Annual report on the working of the mental hospitals in the Madras Presidency - 1912-1932
Year: 1912
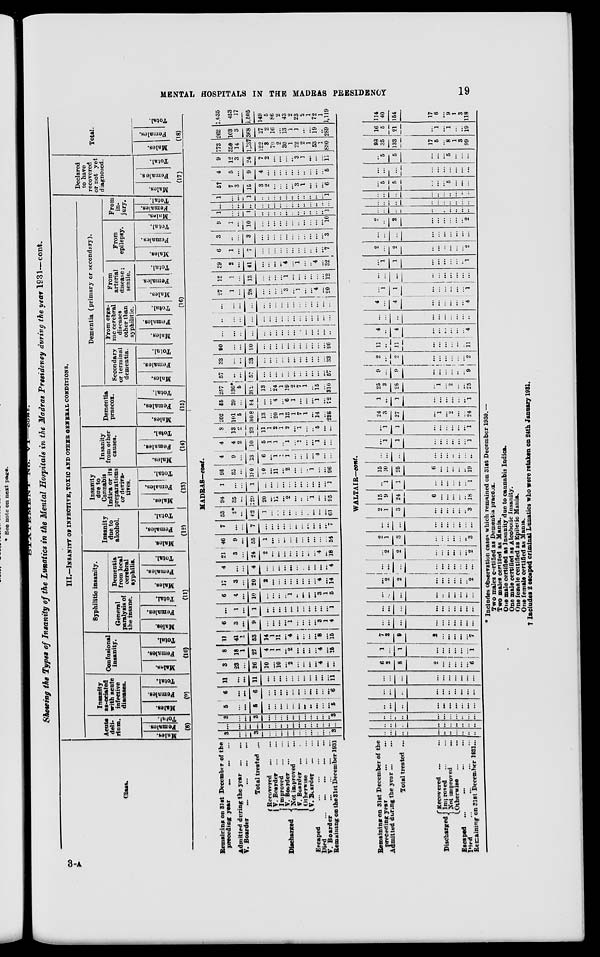
STATEMENT
No.
VI.—cont.
MENTAL
HOSPITALS
IN
THE
MADRAS
PRESIDENCY
19
Showing the Types of Insanity of the Lunatics in the Mental Hospitals in the Madras Presidency during the year 1931—cont.
Class.
III.—INASANITY OF INFECTION, TOXIC AND OTHER GENERAL CONDITIONS.
Acute
deli-
rium.
Males.
Females.
Total.
(8)
Insanity
associated
with acute
infective
diseases.
Males.
Females.
Total.
(9)
Confusional
insanity.
Males.
Females.
Total.
(10)
Syphilitic insanity.
General
paralysis of
the insane.
Males.
Females.
Total.
Dementia
from local
cerebral
syphilis.
Males.
Females.
Total.
(11)
Insanity
due to
alcohol.
Males.
Females.
Total.
(12)
Insanity
due to
Cannabis
Indira or its
preparations
or deriva-
tives.
Males.
Females.
Total.
(13)
Insanity
from other
causes.
Males.
Females.
Total.
(14)
Dementia
praecox.
Males.
Females.
Total.
(15)
Dementia (primary or secondary).
Secondary
or terminal
dementia.
Males.
Females.
Total.
From orga-
nic cerebral
diseases
other than
syphilitic.
Males.
Females.
Total.
From
arterial
disease;
senile.
Males.
Females.
Total.
From
epilepsy.
Males.
Females.
Total.
From
in-
jury.
Males.
Females.
Total.
(16)
Declared
to have
recovered
or not yet
diagnosed.
Males.
Females .
Total.
(17)
Total.
Males.
Females.
Total.
(18)
MADRAS—cont.
Remaining on 31st December of the
preceding
year
...
...
...
Admitted duringing the year ... ...
V. Boarder
...
...
...
...
Total treated ...
Discharged
Recovered
...
...
V. Boarder
...
...
Improved
...
...
V. Boarder
...
...
Not improved ... ...
V. Boarder ... ...
Otherwise
...
...
V. Boarder ... ...
Escaped
...
...
...
...
Died
...
...
...
...
...
V. Boarder
...
...
...
...
Remaining on the 31st December 1931
3
...
...
3
...
...
...
...
...
...
...
...
...
...
..
3
...
...
...
...
...
...
...
...
...
...
...
...
...
...
...
...
3
...
...
3
...
...
...
...
...
...
...
...
..
...
..
3
5
...
...
6
...
...
...
...
...
...
...
...
...
...
...
5
6
...
...
6
...
...
...
...
...
...
...
...
...
...
...
6
11
....
...
11
...
...
...
...
...
...
...
...
...
...
...
11
3
23
...
26
10
...
10
...
2
...
...
...
...
4
...
...
8
18
1
27
4
1
1
...
2
...
...
...
...
4
...
15
11
41
1
53
14
1
11
. ..
4
...
...
...
...
8
...
15
6
3
...
9
. ..
...
...
...
1
...
...
...
...
3
1
4
...
1
...
1
...
...
...
...
...
...
...
...
...
...
...
1
6
4
...
10
...
...
...
..
.
1
...
...
...
...
3
1
5
17
3
...
20
2
...
...
...
...
...
...
...
...
4
...
14
4
...
...
4
...
...
...
...
...
...
...
...
...
...
...
4
21
3
...
24
2
...
...
...
...
...
...
...
...
4
...
18
46
9
...
55
1
...
...
...
...
...
...
...
...
...
...
54
7
...
...
7
...
...
...
...
...
...
...
. ..
...
...
...
7
53
9*
...
62
1
...
...
...
...
...
...
...
...
...
...
61
94
35
...
129
20
...
11
. ..
2
...
...
...
1
...
...
95
1
...
...
1
...
...
...
...
...
...
...
...
...
...
...
1
96
35
...
130
20
...
11
...
2
...
...
...
1
...
...
96
4
9
...
13
6
...
1
1
1
...
...
...
...
4
...
...
4
4
2
10
5
1
1
...
1
...
...
...
...
1
...
...
8
13
2
23
11
1
2
1
2
...
1
...
..
5
...
...
202
101
5
308
13
...
20
1
13
1
7
1
...
14
...
238
55
29
...
64
...
...
4
...
6
1
...
...
...
1
...
72
257
130*
5
399
13
...
24
1
19
2
7
1
...
15
...
310
57
...
...
57
...
...
...
...
...
...
...
...
...
...
...
57
33
...
...
33
...
...
...
...
...
...
...
...
...
...
...
33
90
...
...
90
...
...
...
...
...
...
...
...
...
...
...
90
...
...
...
...
...
...
...
...
...
...
...
...
...
...
...
...
...
...
...
...
...
...
...
...
...
...
...
...
...
...
...
...
...
...
...
...
...
...
...
...
...
...
...
...
...
...
...
...
27
1
...
28
...
...
...
...
3
...
1
...
...
4
...
20
12
1
...
13
...
...
...
...
1
...
...
...
...
...
...
12
£9
2
...
41
...
...
...
...
4
...
1
...
..
4
...
32
6
1
...
7
...
...
...
...
...
...
...
..
...
...
7
3
...
...
3
...
...
...
...
...
...
...
...
...
...
...
3
9
1
...
10
...
...
...
...
...
...
..
...
...
...
10
1
...
...
1
...
...
..
..
...
...
..
..
..
..
,.
1
...
...
...
...
...
...
...
...
...
...
...
..
...
..
...
...
1
...
...
1
...
...
...
...
...
...
...
..
..
..
...
1
5t
7
3
15
3
2
...
...
...
...
3
1
...
...
. ..
6
4
5
...
9
4
...
...
...
...
...
...
...
...
...
...
5
9
12
3
24
7
2
...
...
...
...
3
1
...
. ..
11
773
350
14
1,137
122
3
70
2
30
1
22
2
1
53
1
830
262
108
3
368
27
2
16
...
13
1
1
...
...
19
...
289
1,035
453
17
1,505
149
5
86
2
43
2
23
2
1
72
1
1,119
WALTAIR—cont.
Remaining on 31st December of the
preceding year... ...
Admitted during the year ... ...
Total treated ...
Discharged
Recovered ... ...
Improved ... ...
Not improved ...
Otherwise ... ...
Escaped ... ... ... ...
Died
...
...
...
...
Remaining on 31st December 1931...
...
...
...
...
...
...
...
...
...
...
...
...
...
...
...
...
...
...
...
...
...
...
...
...
...
...
...
...
...
...
...
. ..
...
...
...
...
...
...
...
...
...
...
...
...
...
...
...
...
...
...
...
...
...
...
...
...
...
...
...
...
6
2
8
2
...
...
...
...
...
6
1
...
1
...
...
...
...
...
...
1
7
2
9
2
...
...
...
...
...
7
...
...
...
...
...
...
...
...
...
...
...
...
...
...
...
...
...
...
...
...
...
...
...
...
...
...
...
...
...
...
...
2
2
...
...
...
...
...
...
2
1
...
...
...
...
...
...
...
...
...
...
...
2
2
...
...
...
...
...
...
2
2
1
3
...
...
...
...
...
..
3
...
...
...
...
...
...
...
...
...
...
2
1
3
...
...
...
...
...
..
3
15
9
24
6
...
...
...
...
..
18
...
1
1
...
...
...
...
...
...
1
15
10
25
6
...
...
...
...
...
19
...
...
...
...
...
...
...
...
...
...
... 1
1
...
...
...
...
...
...
1
...
1
1
...
...
...
...
...
...
1
24
3
27
...
1
...
2
...
...
24
1
...
1
...
...
...
...
...
...
1
25
3
26
...
1
...
2
...
...
25
9
...
9
...
...
...
...
...
... 9
2
...
2
...
...
...
...
...
...
2
11
...
11
...
...
...
...
...
11
4
..
4
...
...
...
...
...
...
4
...
...
...
...
...
...
...
...
...
...
4
...
4
...
...
...
...
...
...
4
...
1
1
...
...
...
...
...
...
1
...
...
...
...
...
...
...
...
...
...
...
1
1
...
...
...
...
...
..
1
2
...
2
...
...
...
...
...
...
2
...
...
...
...
...
...
...
...
...
...
...
..._
2
...
...
...
...
...
...
2
...
...
...
...
...
...
...
...
...
...
...
...
...
...
...
...
...
...
...
...
...
...
...
...
...
...
...
...
...
...
...
5
5
...
...
...
5
...
...
...
...
...
...
...
...
...
...
...
...
...
...
5
5
...
...
. ..
5
...
...
...
93
35
133
17
5
. ..
8
1
3
99
16
5
21
...
1
...
1
...
19
114
40
154
17
6
...
9
1
3
118
* Includes observation cases which remained on 31st December 1930.—
Two males certified as Dementia praecox.
Two males certified as Mania.
One male certified as Insanity due to cannabis Indica.
One male certified as Alcoholic Insanity.
One female certified as Epiletic Mania.
One female certified as Mania.
† Includes 2 escaped criminal Lunatics who were retaken on 24th January 1931.
3-A